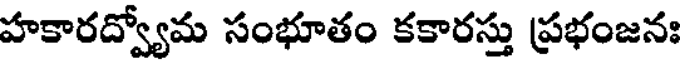
హకారద్వ్యోమ సంభూతం కకారస్తు ప్రభంజనః